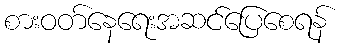
စားဝတ်နေရေးအဆင်ပြေစေရန်